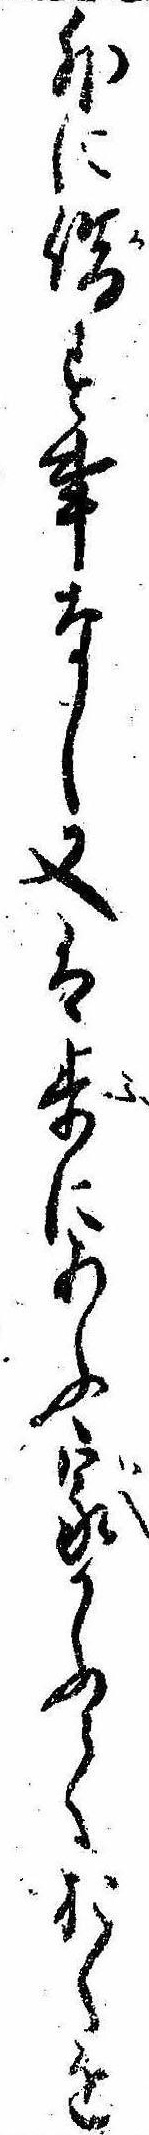
外に借す事なし又は歩にあふ家かふておくを